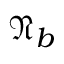
\mathfrak { N } _ { b }